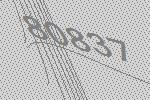
80837